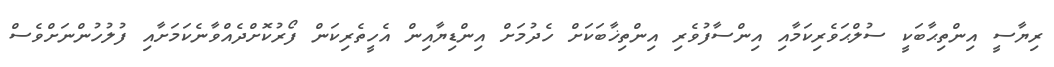
ރިޔާސީ އިންތިޙާބަކީ ސުލްޙަވެރިކަމާއި އިންސާފުވެރި އިންތިޚާބަކަށް ހެދުމަށް އިންޑިޔާއިން އެހީތެރިކަން ފޯރުކޮށްދެއްވާނެކަމަށާއި ފުލުހުންނަށްވެސް